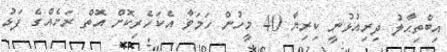
އިބްތިޙާލު ދިރިއުޅުނީ ކިރިޔާ 40 މީހުން ހަމަވާ އެކަހެރިކޮށް އޮތް ރަށެއްގެ ފަޅު